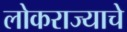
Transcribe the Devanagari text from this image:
लोकराज्याचे